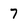
Character: 7